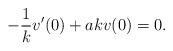
LaTeX: \begin{align*}-{1\over k}v'(0) +akv(0) =0. \end{align*}